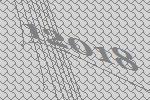
12018